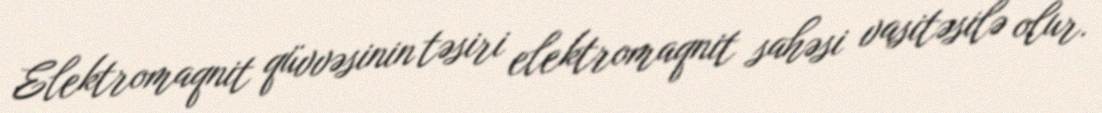
Elektromaqnit qüvvəsinin təsiri elektromaqnit sahəsi vasitəsilə olur.